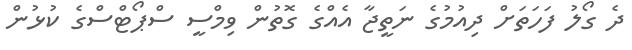
ދެ ގޯލު ފަހަތަށް ދިއުމުގެ ނަތީޖާ އެއްގެ ގޮތުން ވިމްސީ ސްޕޯޓްސްގެ ކުޅުން